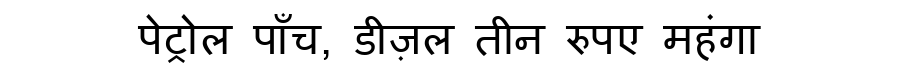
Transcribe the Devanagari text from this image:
पेट्रोल पाँच, डीज़ल तीन रुपए महंगा